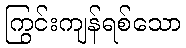
ကြွင်းကျန်ရစ်သော